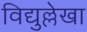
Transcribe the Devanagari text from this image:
विद्युल्लेखा